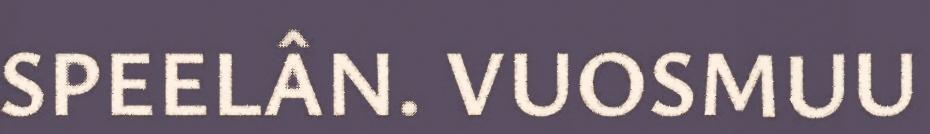
SPEELÂN. VUOSMUU